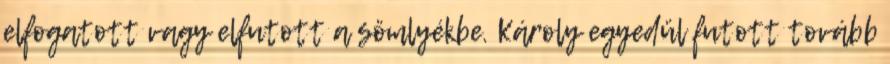
elfogatott vagy elfutott a sömlyékbe. Károly egyedül futott tovább